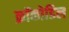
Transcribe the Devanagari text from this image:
क्रॉकोडिल